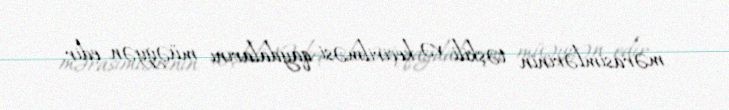
mərasimlərinin təşkili və keçirilməsi qaydalarını müəyyən edir.